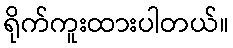
ရိုက်ကူးထားပါတယ်။